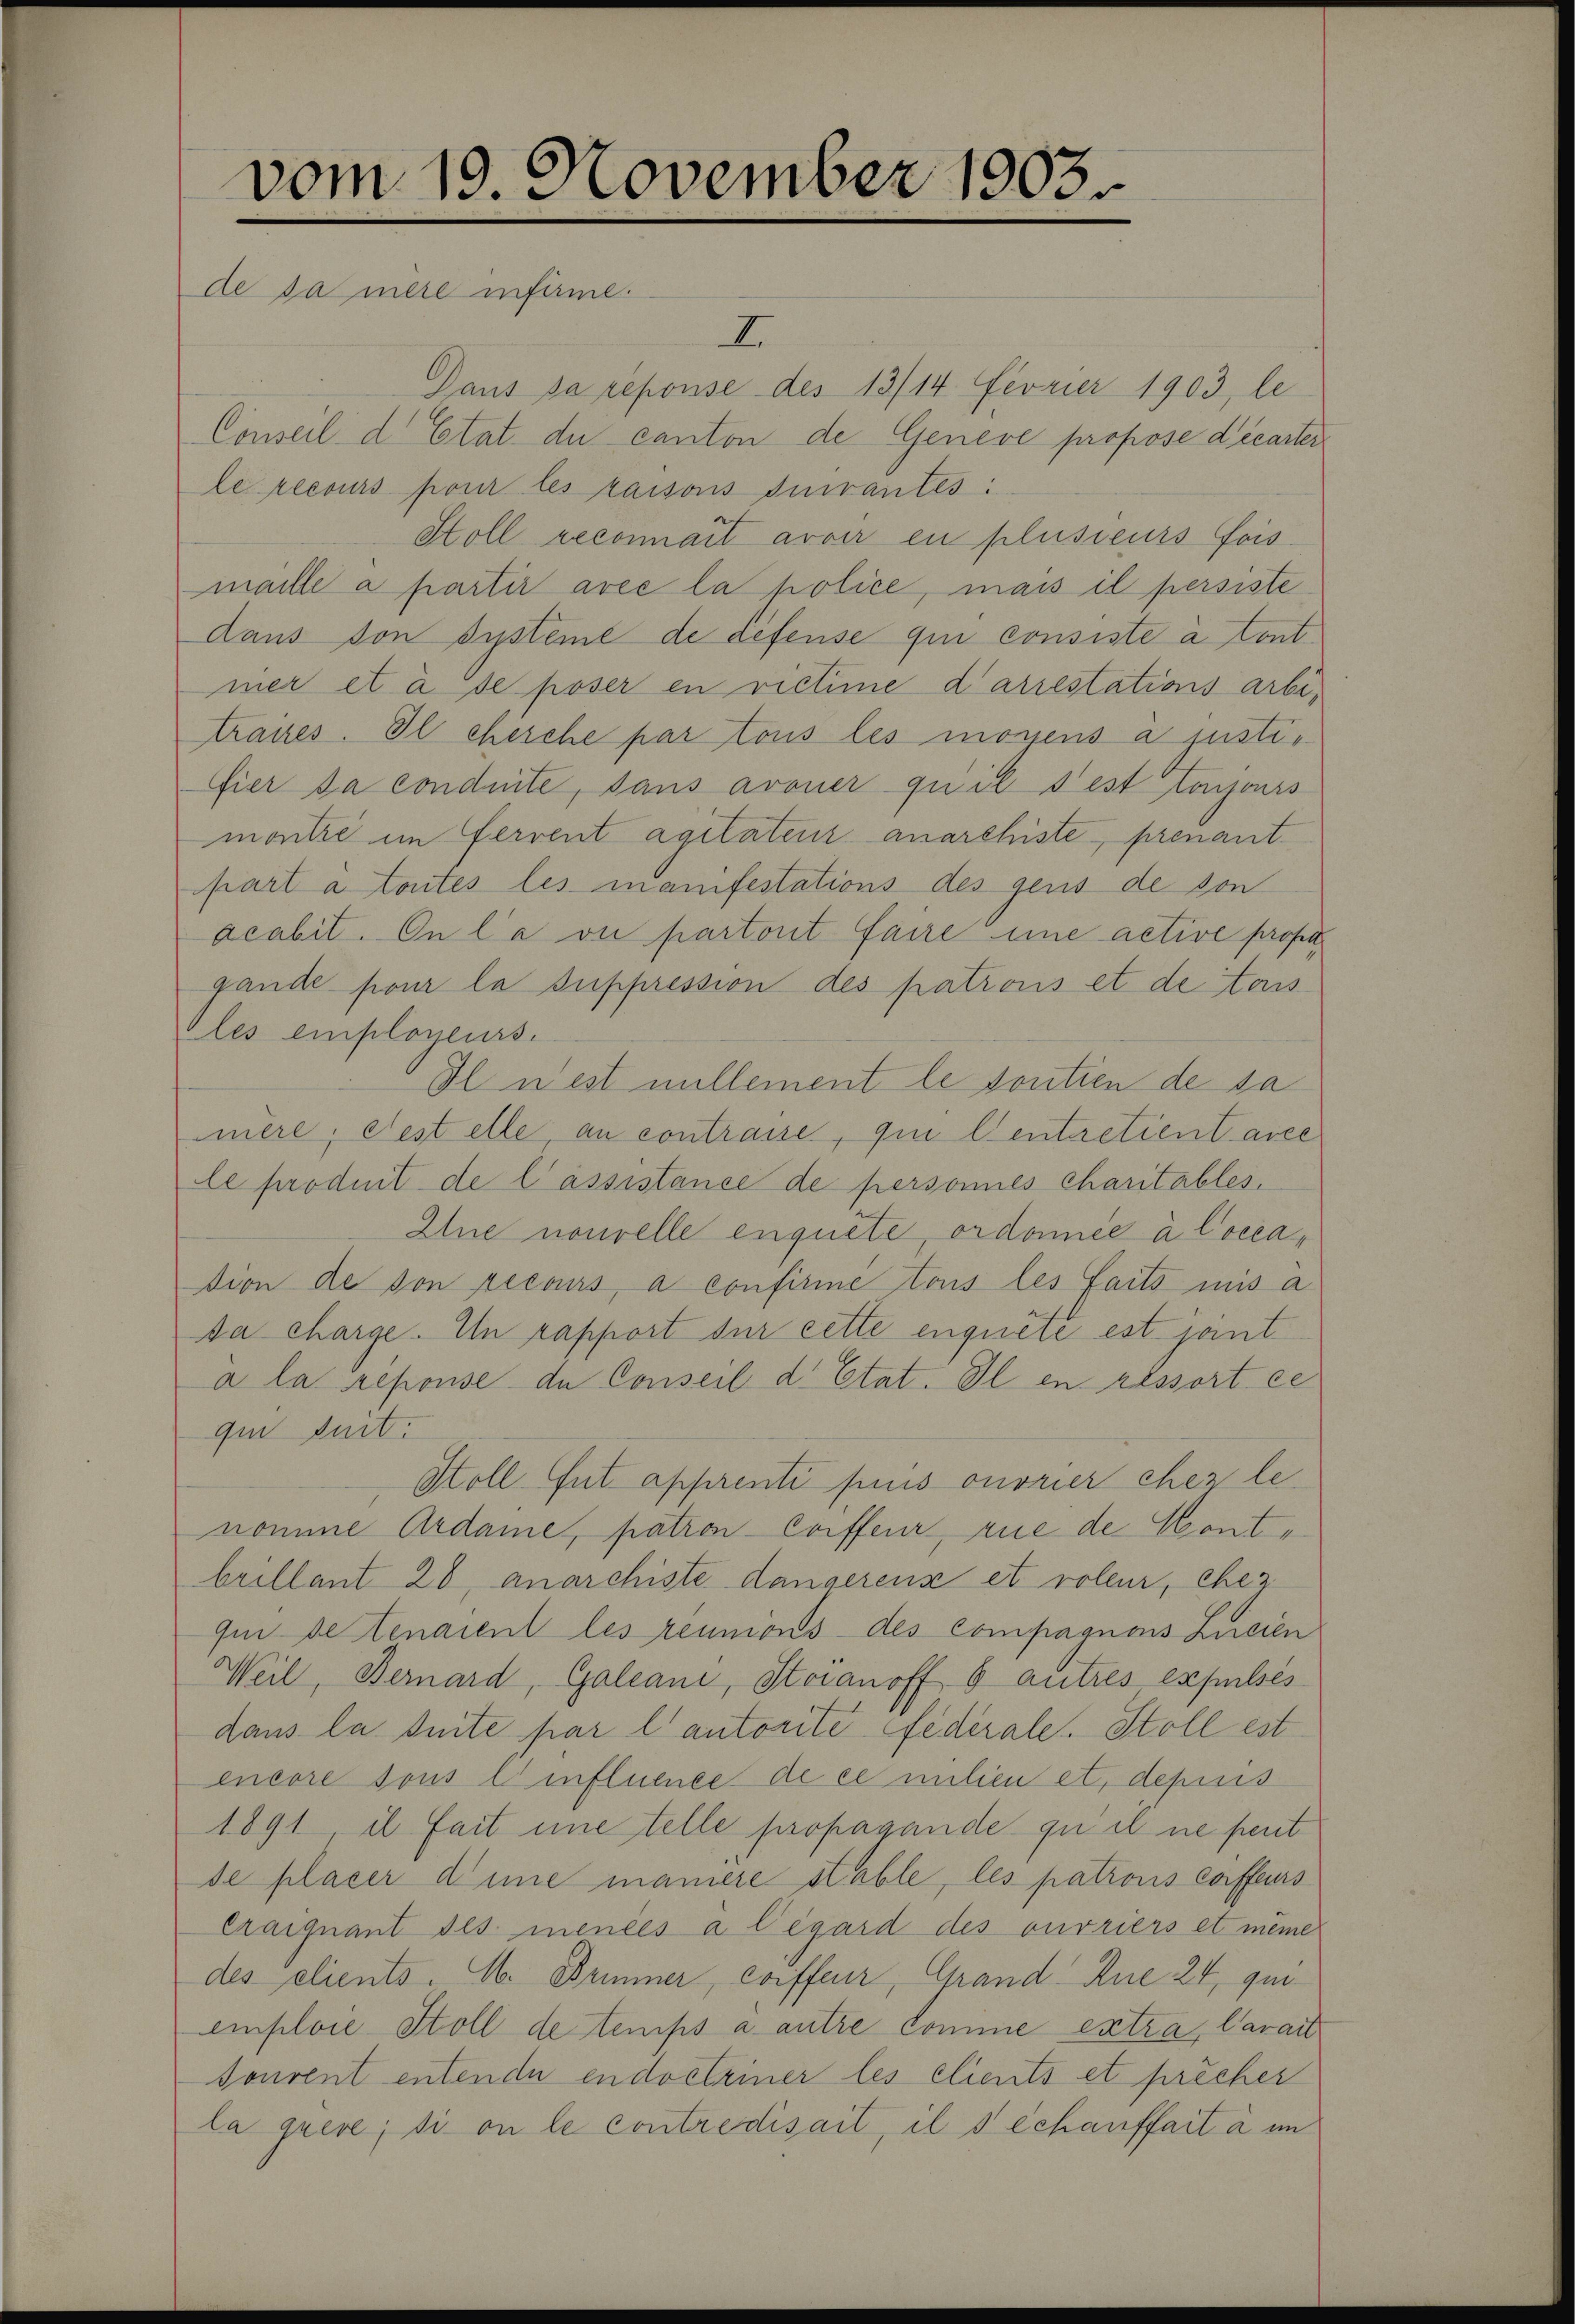
vom 19. November 1903.
de sa mère infirme.

I
Dans sa reponse des 13/14 Fevrier 1903, le
Conseil d. Etat. du canton de Genere propose décarter
le recours pour les raisons suivantes:
Stoll reconnait avoir en plusieurs fois
maille a partir avec la police, mais il persiste
dans von systeme de defense qui consiste à tont
mer et à de poser en rictine d’arrestations arbitrages. Il cherche par tous les monens a justi¬
Eier da conduite, sans avouer qu’il s’est toujours
montie im Ferrent agitateur anarchiste, prenant
part à toutes les manifestations des gens de von
acabit. On l’a ou partout faire eine active profes
gande pour la suppression des patrons et de tous
les employeurs.
Il n’est nillement le sontien de sa
mere, Fest elle an contrasse, qui lentaretient acce
le produit de Cassistance de personnes charitables.
Elne nouvelle enquête, ordonnée à Coccation de son recours, à confirmé tous les faits mis a
da charge. In rapport sur cette enquete est jant
a la réponse de Conseil d. Etat. Il en ressort ei
qui suit:
Stoll Gut apprenti piis onorier chez lenomme Ardame, pation - Coiffeur, rue de Kont
brillant 20 anarchiste dangerenz et voleur, eher
qui de tenaient les réunions des Compagnons Licien
Weil, Bernard, Galcani, Stoianoff 6 autres expulsés
dans la suite par l’autorité federale. Stoll est
encore sous l. influence de ce milien et, depuis
1891, il fait une telle propagande zu il ne peut
de placer deine maniere stable, les patrons coffeurs
Craiquant des mencés à Cégard des ouvriers et meine
des clients. M. Brimmer, Coiffeur, Grand Rue 24, qui
emploie Stoll de temps a autre Comme extra, Carait
sonvent entende endestriner les clients et precher
la greve; si on le contredisait, il sechauffait à in